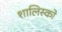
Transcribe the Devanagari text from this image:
शालिस्को